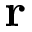
\mathbf { r }